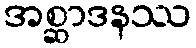
အစ္ဆာဒနဿ